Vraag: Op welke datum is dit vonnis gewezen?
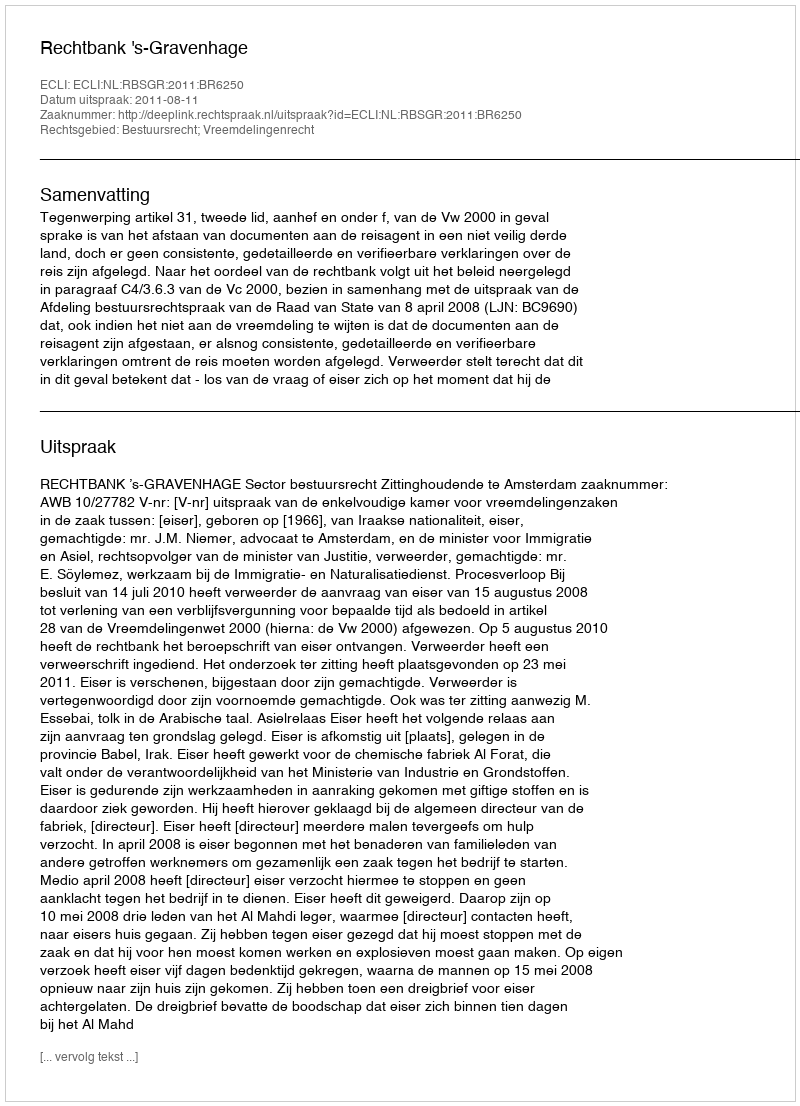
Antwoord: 2011-08-11